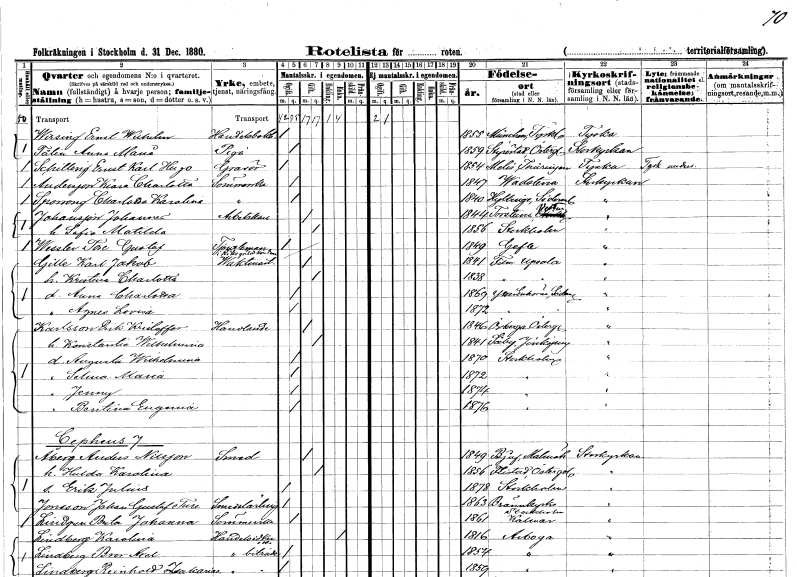
gt_parse: households: individuals: FN: Ernst Wilhelm
EN: Wirsing
YRKE: Handelsbokhållare
KON: M
CIV: O
FODAR: 1855
FN: Anna Maria
EN: Tålin
YRKE: Piga
KON: K
CIV: O
FODAR: 1859
FODFORS: Styrstad Östergötlands län
FN: Ernst Karl Hugo
EN: Schilling
YRKE: Gravör
KON: M
CIV: O
FODAR: 1854
FN: Klara Charlotta
EN: Andersson
YRKE: Sömmerska
KON: K
CIV: O
FODAR: 1847
FODFORS: Vadstena Östergötlands län
FN: Charlotta Karolina
EN: Sporrong
YRKE: Sömmerska
KON: K
CIV: O
FODAR: 1840
FODFORS: Hyltinge Södermanlands län
FN: Johannes
EN: Johansson
YRKE: Arbetskarl
KON: M
CIV: G
FODAR: 1844
FODFORS: Torstuna Uppsala län
FN: Sofia Matilda
KON: K
CIV: G
FODAR: 1856
FODFORS: Stockholm
FN: Tore Gustaf
EN: Wessler
YRKE: Tjänsteman vid Riksgäldskontoret
KON: M
CIV: O
FODAR: 1849
FODFORS: Gävle Gävleborgs län
FN: Karl Jakob
EN: Gille
YRKE: Vaktmästare
KON: M
CIV: G
FODAR: 1841
FODFORS: Film Uppsala län
FN: Kristina Charlotta
KON: K
CIV: G
FODAR: 1838
FODFORS: Film Uppsala län
FN: Anna Charlotta
KON: K
CIV: O
FODAR: 1869
FODFORS: Ytterenhörna Stockholms län
FN: Agnes Lovisa
KON: K
CIV: O
FODAR: 1872
FODFORS: Ytterenhörna Stockholms län
FN: Erik Kristoffer
EN: Karlsson
YRKE: Handlande
KON: M
CIV: G
FODAR: 1846
FODFORS: Örberga Östergötlands län
FN: Konstantia Wilhelmina
KON: K
CIV: G
FODAR: 1841
FODFORS: Säby Jönköpings län
FN: Augusta Wilhelmina
KON: K
CIV: O
FODAR: 1870
FODFORS: Stockholm
FN: Selma Maria
KON: K
CIV: O
FODAR: 1872
FODFORS: Stockholm
FN: Jenny
KON: K
CIV: O
FODAR: 1874
FODFORS: Stockholm
FN: Bentina Eugenia
KON: K
CIV: O
FODAR: 1876
FODFORS: Stockholm
FN: Anders
EN: Åberg Nilsson
YRKE: Smed
KON: M
CIV: G
FODAR: 1849
FODFORS: Bjuv Malmöhus län
FN: Hulda Karolina
KON: K
CIV: G
FODAR: 1856
FODFORS: Flistad Östergötlands län
FN: Erik Julius
KON: M
CIV: O
FODAR: 1878
FODFORS: Stockholm
FN: Johan Gustaf Ture
EN: Jonsson
YRKE: Smedslärling
KON: M
CIV: O
FODAR: 1863
FODFORS: Brännkyrka Stockholms län